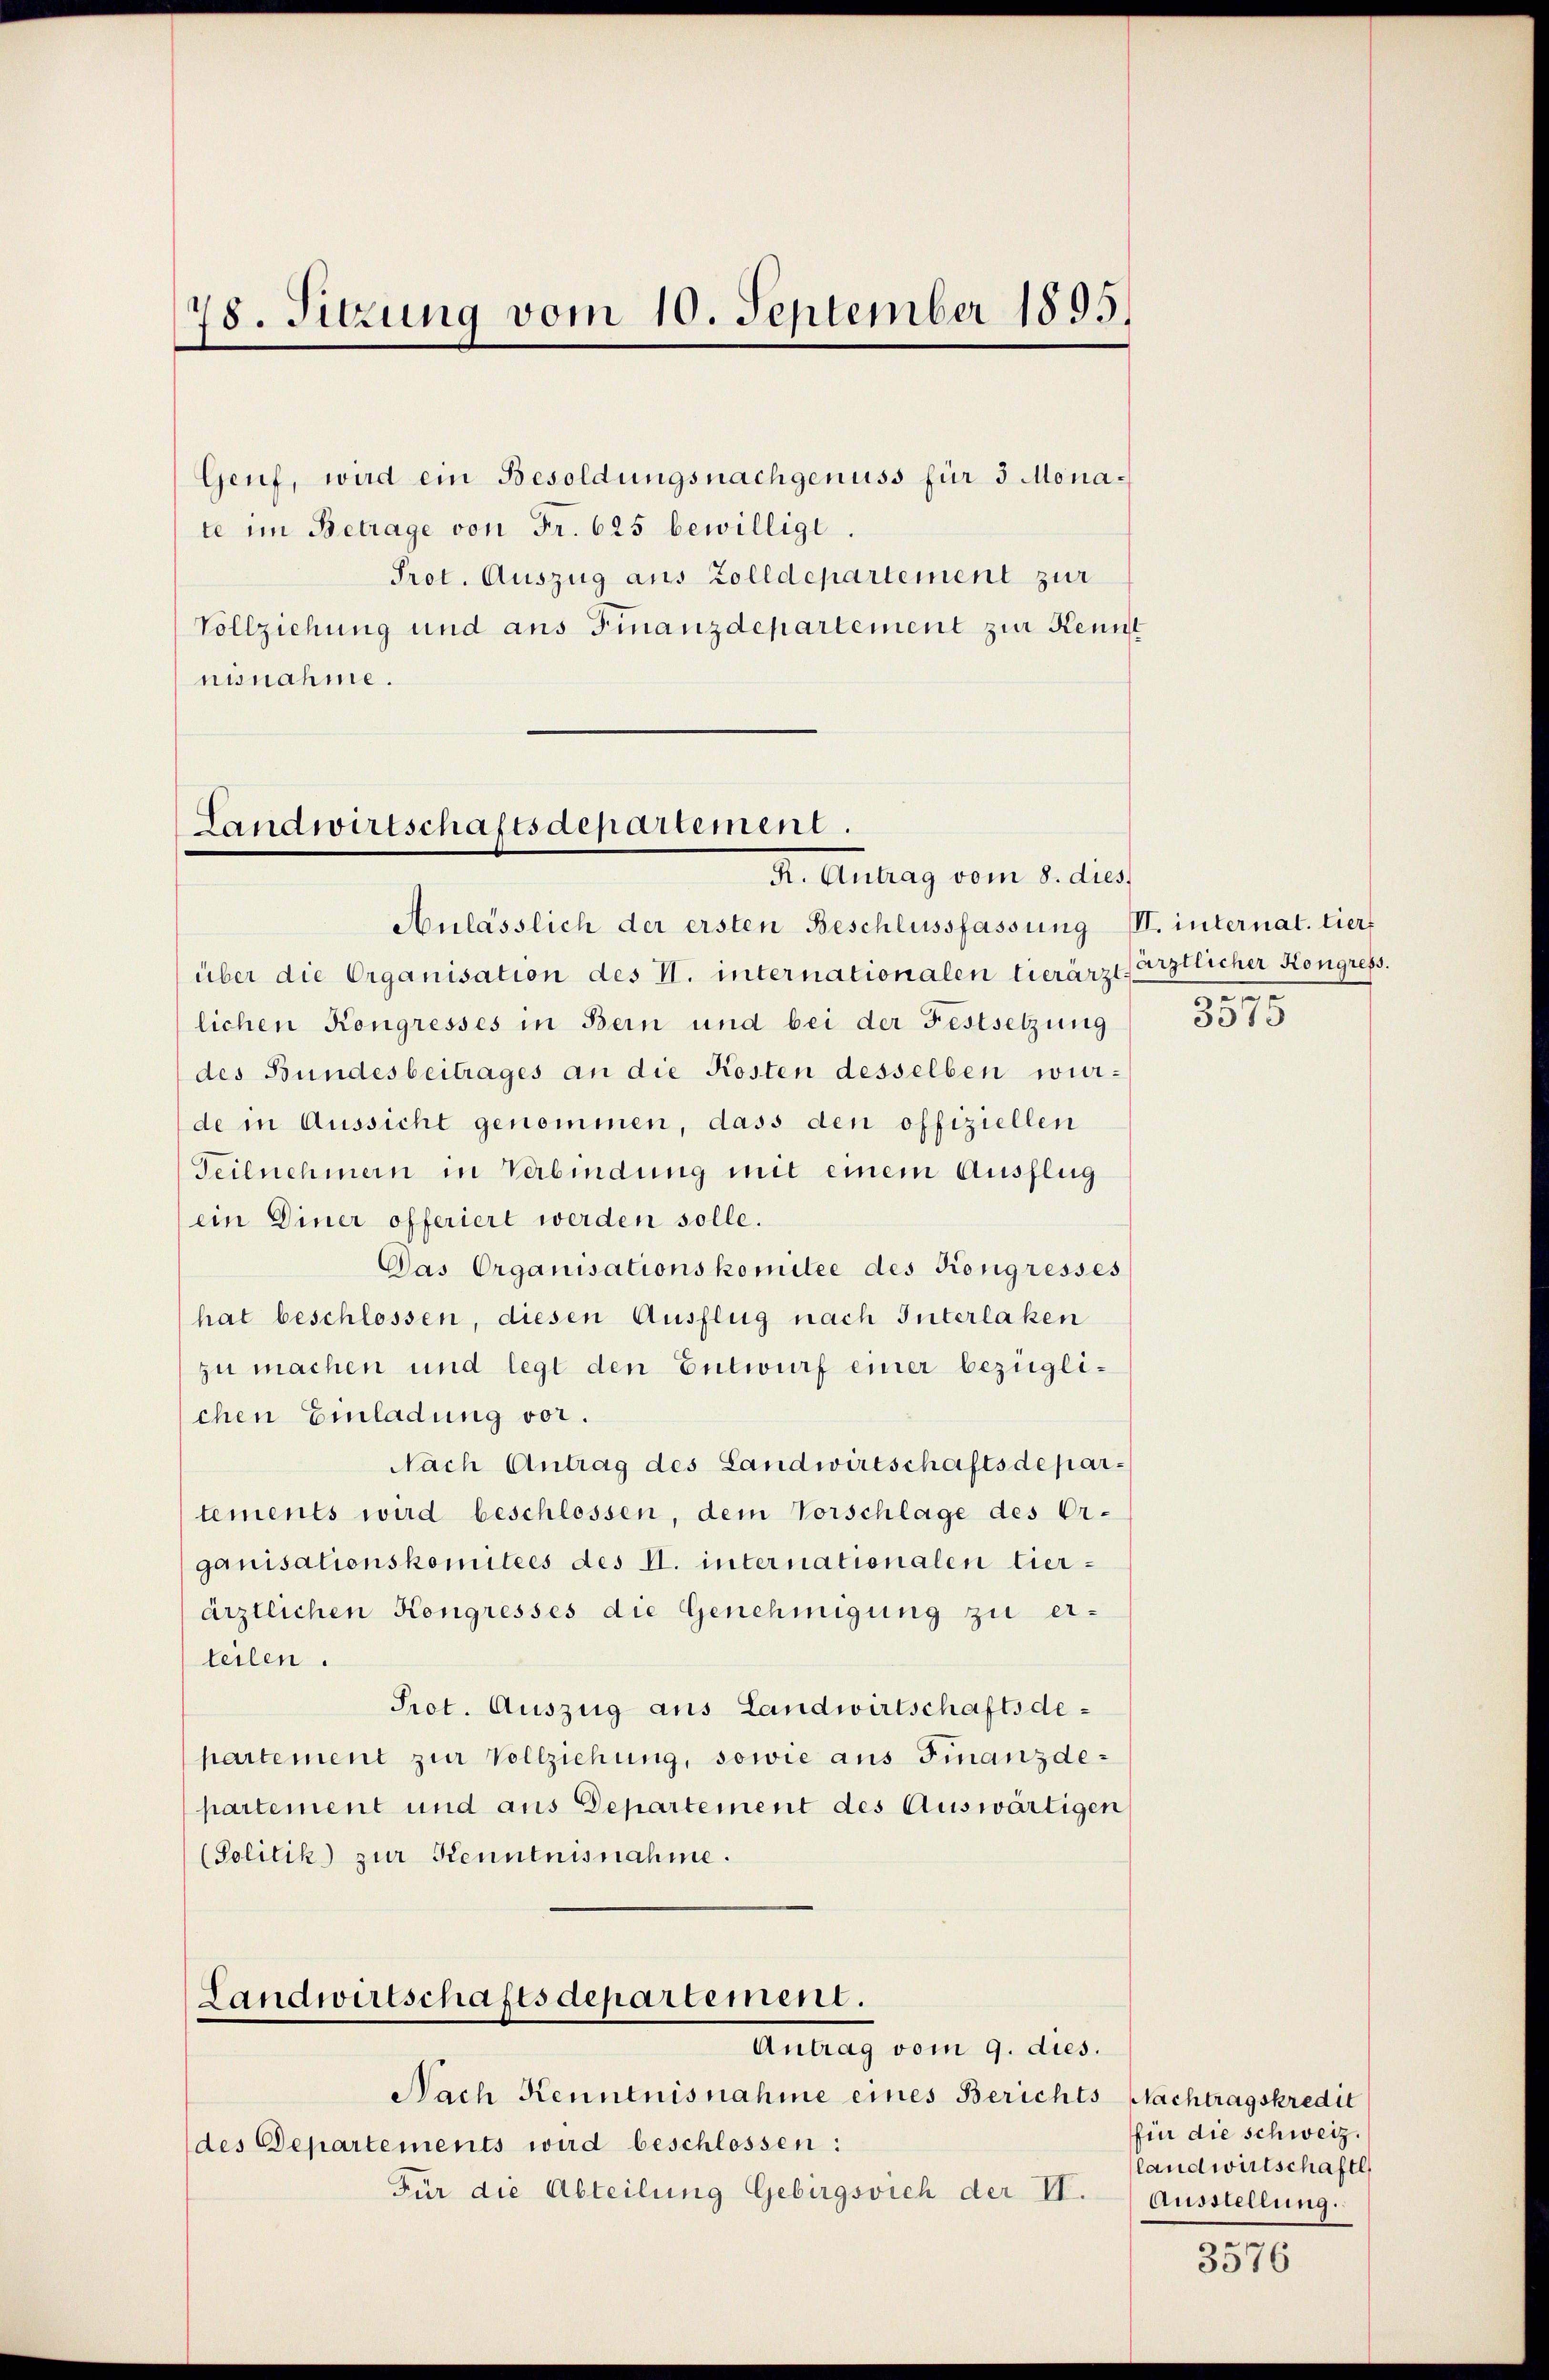
18. Sitzung vom 10. September 1895.

Genf, wird ein Besoldungsnachgenuss für 3 Monate im Betrage von Fr. 625 bewilligt.
Prot. Auszug aus Zolldepartement zur
Vollziehung und ans Finanzdepartement zur Kennt
nisnahme.

Landwirtschaftsdepartement.
R. Antrag vom 8. dies

Anlässlich der ersten Beschlussfassung III. internat. tiert
über die Organisation des V. internationalen tierärztsärztlicher Kongress.
lichen Kongresses in Bern und bei der Festsetzung
des Bundesbeitrages an die Kosten desselben würde in Aussicht genommen, dass den offiziellen
Teilnehmern in Verbindung mit einem Ausflug
ein Diner offeriert werden solle.
Das Organisationskomitee des Kongresses
hat beschlossen, diesen Ausflug nach Interlaken
zu machen und legt den Entwurf einer bezüglichen Einladung vor.
Nach Antrag des Landwirtschaftsdepartements wird beschlossen, dem Vorschlage des Er-
ganisationskomitées des I. internationalen tierärztlichen Kongresses die Genehmigung zu erteilen.
Prot. Auszug aus Landwirtschaftsdepartement zur Vollziehung, sowie aus Finanzdepartement und aus Departement des Auswärtigen
(Solitik zur Kenntnisnahme.
Landwirtschaftsdepartement.
Antrag vom 9. dies.
Nach Kenntnisnahme eines Berichts Nachtragskredit
des Departements wird beschlossen:
Für die Abteilung Gebirgsvieh der II. Ausstellung.

.

3575

für die schweiz.
landwirtschaftl
e

3376